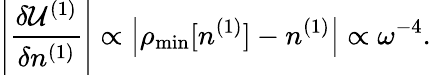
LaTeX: \left\vert\frac{\delta{\cal U}^{(1)}}{\delta n^{(1)}}\right\vert\propto\left\vert\rho_{\mathrm{min}}[n^{(1)}]-n^{(1)}\right\vert\propto\omega^{-4}.